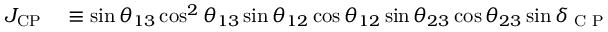
\begin{array} { r l } { J _ { \mathrm { C P } } } & { { } \equiv \sin \theta _ { 1 3 } \cos ^ { 2 } \theta _ { 1 3 } \sin \theta _ { 1 2 } \cos \theta _ { 1 2 } \sin \theta _ { 2 3 } \cos \theta _ { 2 3 } \sin \delta _ { \textrm { C P } } } \end{array}